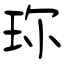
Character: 珎